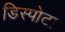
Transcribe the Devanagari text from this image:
डिस्पोटा